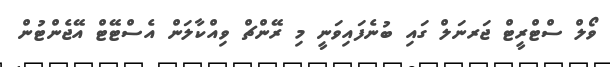
ވޯލް ސްޓްރީޓް ޖަރނަލް ގައި ބުނެފައިވަނީ މި ރޭންޗް ވިއްކާލަން އެސްޓޭޓް އޭޖެންޓުން